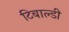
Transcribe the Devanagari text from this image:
टिबाल्डी